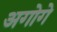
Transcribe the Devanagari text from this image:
अगोगे